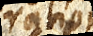
ex ratione